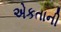
એકતાની